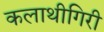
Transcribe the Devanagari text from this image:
कलाथीगिरी